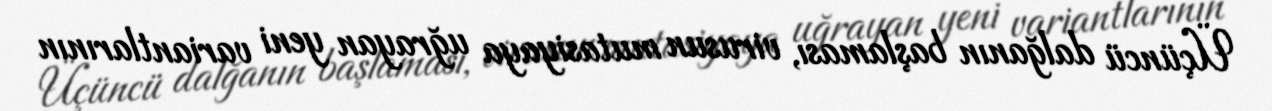
Üçüncü dalğanın başlaması, virusun mutasiyaya uğrayan yeni variantlarının